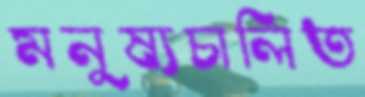
মনুষ্যচালিত